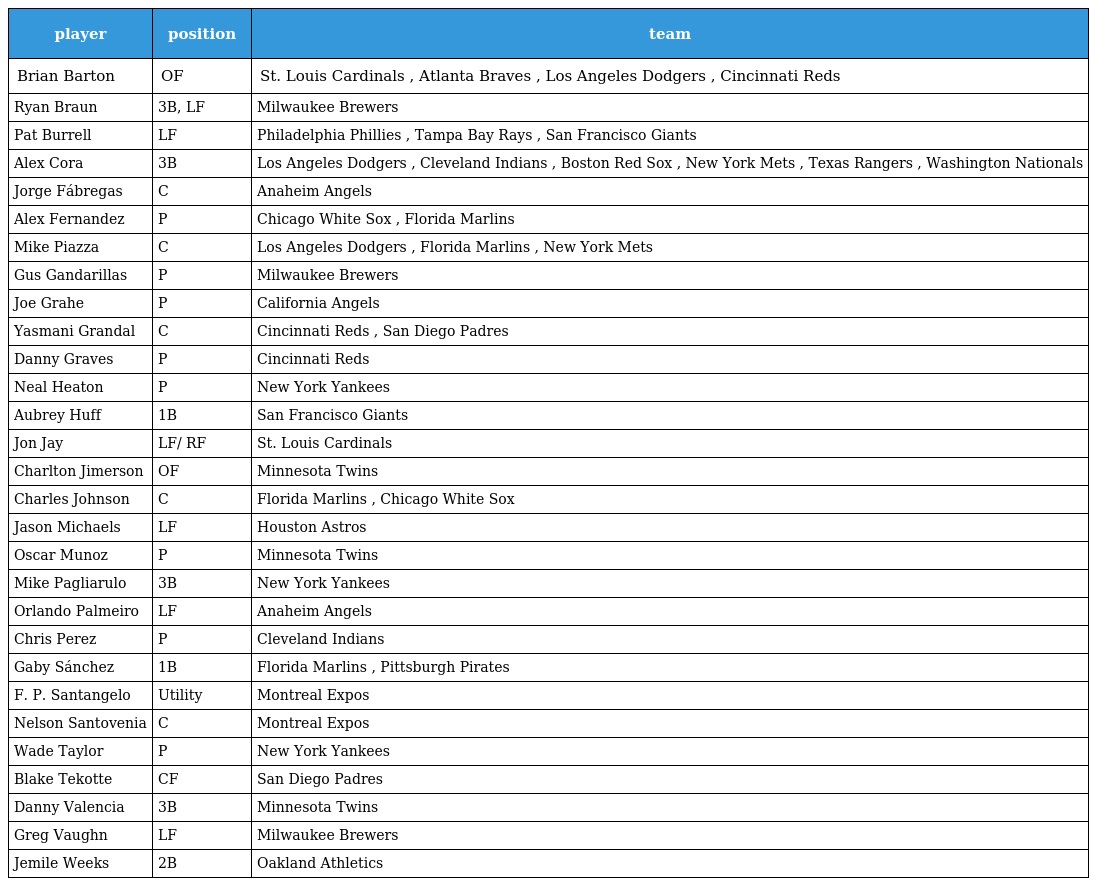
| player | position | team |
 | --- | --- | --- |
 | Brian Barton | OF | St. Louis Cardinals , Atlanta Braves , Los Angeles Dodgers , Cincinnati Reds |
 | Ryan Braun | 3B, LF | Milwaukee Brewers |
 | Pat Burrell | LF | Philadelphia Phillies , Tampa Bay Rays , San Francisco Giants |
 | Alex Cora | 3B | Los Angeles Dodgers , Cleveland Indians , Boston Red Sox , New York Mets , Texas Rangers , Washington Nationals |
 | Jorge Fábregas | C | Anaheim Angels |
 | Alex Fernandez | P | Chicago White Sox , Florida Marlins |
 | Mike Piazza | C | Los Angeles Dodgers , Florida Marlins , New York Mets |
 | Gus Gandarillas | P | Milwaukee Brewers |
 | Joe Grahe | P | California Angels |
 | Yasmani Grandal | C | Cincinnati Reds , San Diego Padres |
 | Danny Graves | P | Cincinnati Reds |
 | Neal Heaton | P | New York Yankees |
 | Aubrey Huff | 1B | San Francisco Giants |
 | Jon Jay | LF/ RF | St. Louis Cardinals |
 | Charlton Jimerson | OF | Minnesota Twins |
 | Charles Johnson | C | Florida Marlins , Chicago White Sox |
 | Jason Michaels | LF | Houston Astros |
 | Oscar Munoz | P | Minnesota Twins |
 | Mike Pagliarulo | 3B | New York Yankees |
 | Orlando Palmeiro | LF | Anaheim Angels |
 | Chris Perez | P | Cleveland Indians |
 | Gaby Sánchez | 1B | Florida Marlins , Pittsburgh Pirates |
 | F. P. Santangelo | Utility | Montreal Expos |
 | Nelson Santovenia | C | Montreal Expos |
 | Wade Taylor | P | New York Yankees |
 | Blake Tekotte | CF | San Diego Padres |
 | Danny Valencia | 3B | Minnesota Twins |
 | Greg Vaughn | LF | Milwaukee Brewers |
 | Jemile Weeks | 2B | Oakland Athletics |